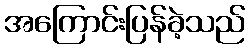
အကြောင်းပြန်ခဲ့သည်